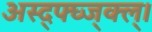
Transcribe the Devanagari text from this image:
अस्द्फ्घ्ज्क्ल्।